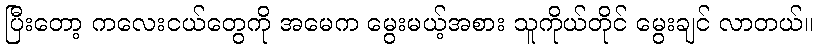
ပြီးတော့ ကလေးငယ်တွေကို အမေက မွေးမယ့်အစား သူကိုယ်တိုင် မွေးချင် လာတယ်။